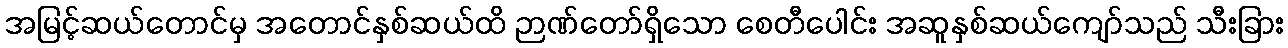
အမြင့်ဆယ်တောင်မှ အတောင်နှစ်ဆယ်ထိ ဉာဏ်တော်ရှိသော စေတီပေါင်း အဆူနှစ်ဆယ်ကျော်သည် သီးခြား